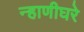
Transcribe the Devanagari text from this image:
न्हाणीघरे